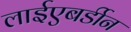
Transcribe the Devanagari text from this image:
लाईएबर्डीन